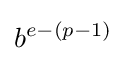
b^{e-(p-1)}